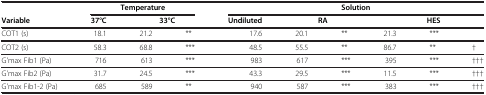
<table><thead><tr><td><b> </b></td><td colspan="3"><b>Temperature</b></td><td colspan="6"><b>Solution</b></td></tr><tr><td><b>Variable</b></td><td><b>37°C</b></td><td colspan="2"><b>33°C</b></td><td><b>Undiluted</b></td><td colspan="2"><b>RA</b></td><td colspan="3"><b>HES</b></td></tr></thead><tbody><tr><td>COT1 (s)</td><td>18.1</td><td>21.2</td><td>**</td><td>17.6</td><td>20.1</td><td>**</td><td>21.3</td><td>***</td><td> </td></tr><tr><td>COT2 (s)</td><td>58.3</td><td>68.8</td><td>***</td><td>48.5</td><td>55.5</td><td>**</td><td>86.7</td><td>**</td><td>†</td></tr><tr><td>G&#x27;max Fib1 (Pa)</td><td>716</td><td>613</td><td>***</td><td>983</td><td>617</td><td>***</td><td>395</td><td>***</td><td>†††</td></tr><tr><td>G&#x27;max Fib2 (Pa)</td><td>31.7</td><td>24.5</td><td>***</td><td>43.3</td><td>29.5</td><td>***</td><td>11.5</td><td>***</td><td>†††</td></tr><tr><td>G&#x27;max Fib1-2 (Pa)</td><td>685</td><td>589</td><td>**</td><td>940</td><td>587</td><td>***</td><td>383</td><td>***</td><td>†††</td></tr></tbody></table>